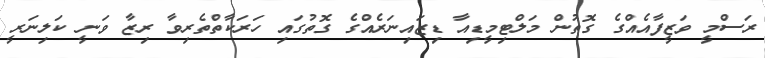
ރަސްމީ ވަޒީފާއެއްގެ ގޮތުން މަލްޓިމީޑިއާ ޑިޒައިނަރެއްގެ ގޮތުގައި ހަރަކާތްތެރިވާ ރިޒާ ވަނީ ކަލިނަރީ